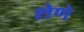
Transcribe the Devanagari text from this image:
शेणे